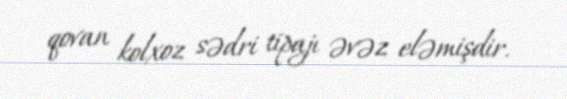
qovan kolxoz sədri tipajı əvəz eləmişdir.